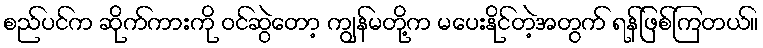
စည်ပင်က ဆိုက်ကားကို ဝင်ဆွဲတော့ ကျွန်မတို့က မပေးနိုင်တဲ့အတွက် ရန်ဖြစ်ကြတယ်။